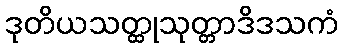
ဒုတိယသတ္ထုသုတ္တာဒိဒသကံ